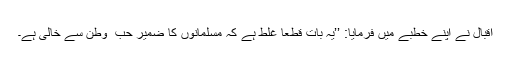
اقبال نے اپنے خطبے میں فرمایا: ’’یہ بات قطعاً غلط ہے کہ مسلمانوں کا ضمیر حبّ ِ وطن سے خالی ہے۔